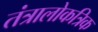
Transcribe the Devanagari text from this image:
तंत्रालोकत्रिक